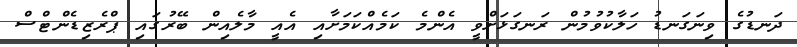
ދަނޑުގެ ވިނަގަނޑު ހަލާކުވުމުން ރަނގަޅަށްވީ އެންމެ ކަމެއްކަމަށާއި އެއީ މާލެއިން ބޭރުގައި ޕްރެޒިޑެންޓްސް